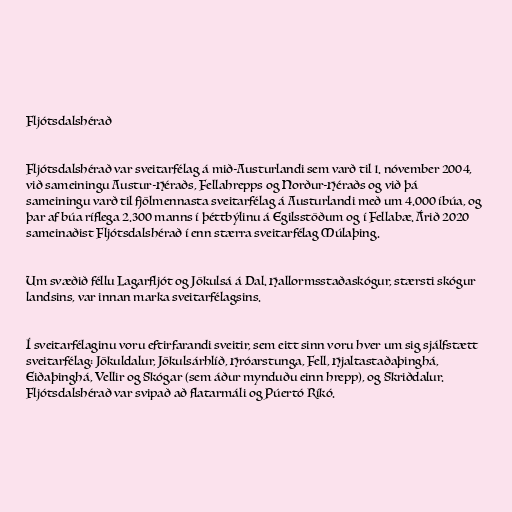
Fljótsdalshérað

Fljótsdalshérað var sveitarfélag á mið-Austurlandi sem varð til 1. nóvember 2004,
við sameiningu Austur-Héraðs, Fellahrepps og Norður-Héraðs og við þá
sameiningu varð til fjölmennasta sveitarfélag á Austurlandi með um 4.000 íbúa, og
þar af búa ríflega 2.300 manns í þéttbýlinu á Egilsstöðum og í Fellabæ. Árið 2020
sameinaðist Fljótsdalshérað í enn stærra sveitarfélag Múlaþing.

Um svæðið féllu Lagarfljót og Jökulsá á Dal. Hallormsstaðaskógur, stærsti skógur
landsins, var innan marka sveitarfélagsins.

Í sveitarfélaginu voru eftirfarandi sveitir, sem eitt sinn voru hver um sig sjálfstætt
sveitarfélag: Jökuldalur, Jökulsárhlíð, Hróarstunga, Fell, Hjaltastaðaþinghá,
Eiðaþinghá, Vellir og Skógar (sem áður mynduðu einn hrepp), og Skriðdalur.
Fljótsdalshérað var svipað að flatarmáli og Púertó Ríkó.